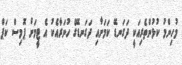
މުހިންމު ކުޅުންތެރިއަކީ ދަގަނޑޭ ކަމަށާއި ދަގަނޑޭގެ ހުނަރާއެކު އެ ޓީމަށް ޕޮމިސް ކަޕް